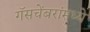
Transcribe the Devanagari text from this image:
गॅसचेंबरांमध्ये